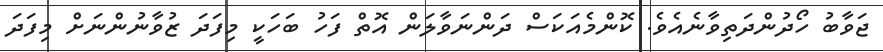
ޖަވާބު ހޯދުންދަތިވާނެއެވެ. ކޮންމެއަކަސް ދަންނަވާލަން އޮތް ފަހު ބަހަކީ މިފަދަ ޒުވާނުންނަށް މިފަދަ